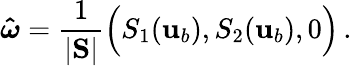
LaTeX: \boldsymbol{\hat{\omega}}=\frac{1}{|\mathbf{S}|}\Big(S_{1}({\mathbf{u}}_{b}),S_{2}({\mathbf{u}}_{b}),0\Big)\, .